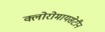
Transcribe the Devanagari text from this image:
क्लोरोमायसेटीन